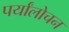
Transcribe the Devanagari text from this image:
पर्यांलोचन